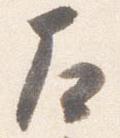
左